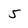
Character: 5